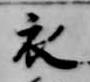
衣